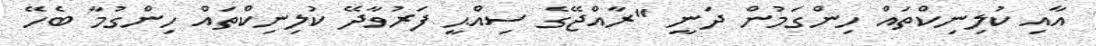
އާއި ކުލިނިކްތައް ހިންގަމުން ދަނީ ''ރާއްޖޭގެ ސިއްޙީ ފަރުވާދޭ ކުލިނިކްތައް ހިންގުމާ ބެހޭ